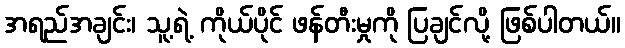
အရည်အချင်း၊ သူ့ရဲ့ ကိုယ်ပိုင် ဖန်တီးမှုကို ပြချင်လို့ ဖြစ်ပါတယ်။